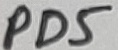
Text: PD5